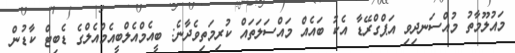
މައުލޫމާތު މުއްސަނދިވި އަޕްގްރޭޑާ އެކު ބައެއް މައްސަލަތައް ކުރިމަތިވެދާނެ: ބީއެމްއެލްބީއެމްއެލްގެ ޑެބިޓް ކާޑުން